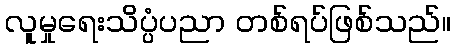
လူမှုရေးသိပ္ပံပညာ တစ်ရပ်ဖြစ်သည်။